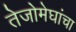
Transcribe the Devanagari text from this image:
तेजोमेघांचा